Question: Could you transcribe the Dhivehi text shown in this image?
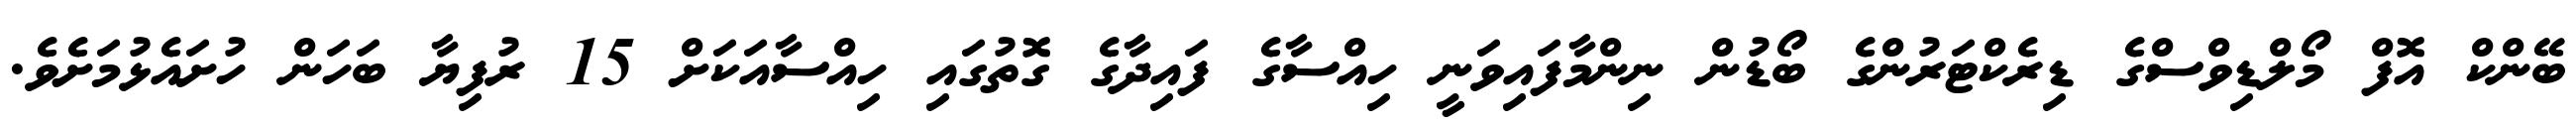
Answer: ބޭންކް އޮފް މޯލްޑިވްސްގެ ޑިރެކްޓަރުންގެ ބޯޑުން ނިންމާފައިވަނީ ހިއްސާގެ ފައިދާގެ ގޮތުގައި ހިއްސާއަކަށް 15 ރުފިޔާ ބަހަން ހުށައެޅުމަށެވެ.